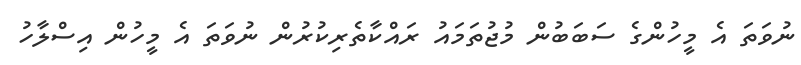
ނުވަތަ އެ މީހުންގެ ސަބަބުން މުޖުތަމައު ރައްކާތެރިކުރުން ނުވަތަ އެ މީހުން އިސްލާހު